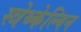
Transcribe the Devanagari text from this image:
स्त्रेथ्केल्विन